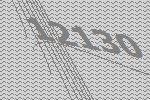
12130